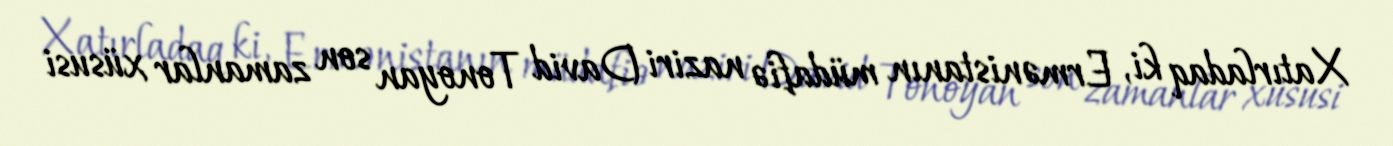
Xatırladaq ki, Ermənistanın müdafiə naziri David Tonoyan son zamanlar xüsusi